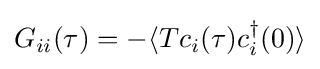
G_{ii}(\tau )=-\langle Tc_{i}(\tau )c_{i}^{\dagger }(0)\rangle